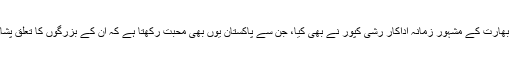
کچھ ایسا ہی بھارت کے مشہور ِزمانہ اداکار رشی کپور نے بھی کیا، جن سے پاکستان یوں بھی محبت رکھتا ہے کہ ان کے بزرگوں کا تعلق پشاور سے تھا۔